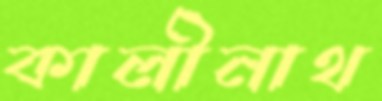
কালীনাথ